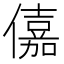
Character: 𠏼